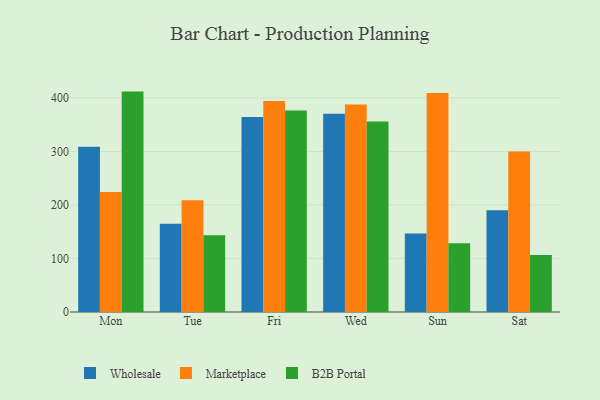
{"axis": {"x": "Day", "y": "Satisfaction Score"}, "legend": ["B2B Portal", "Marketplace", "Wholesale"], "data": [{"x": "Mon", "y": 308.7, "type": "Wholesale"}, {"x": "Mon", "y": 224.1, "type": "Marketplace"}, {"x": "Mon", "y": 411.8, "type": "B2B Portal"}, {"x": "Tue", "y": 164.8, "type": "Wholesale"}, {"x": "Tue", "y": 209.0, "type": "Marketplace"}, {"x": "Tue", "y": 143.3, "type": "B2B Portal"}, {"x": "Fri", "y": 364.4, "type": "Wholesale"}, {"x": "Fri", "y": 394.1, "type": "Marketplace"}, {"x": "Fri", "y": 376.6, "type": "B2B Portal"}, {"x": "Wed", "y": 370.6, "type": "Wholesale"}, {"x": "Wed", "y": 387.5, "type": "Marketplace"}, {"x": "Wed", "y": 355.9, "type": "B2B Portal"}, {"x": "Sun", "y": 146.7, "type": "Wholesale"}, {"x": "Sun", "y": 409.2, "type": "Marketplace"}, {"x": "Sun", "y": 128.3, "type": "B2B Portal"}, {"x": "Sat", "y": 190.0, "type": "Wholesale"}, {"x": "Sat", "y": 300.0, "type": "Marketplace"}, {"x": "Sat", "y": 106.3, "type": "B2B Portal"}]}